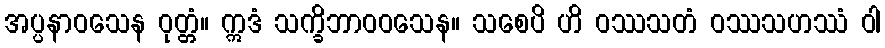
အပ္ပနာဝသေန ဝုတ္တံ။ ဣဒံ သက္ခိဘာဝဝသေန။ သစေပိ ဟိ ဝဿသတံ ဝဿသဟဿံ ဝါ